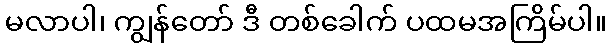
မလာပါ၊ ကျွန်တော် ဒီ တစ်ခေါက် ပထမအကြိမ်ပါ။